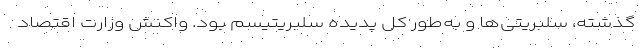
گذشته، سلبریتی‌ها و به‌طور کل پدیده سلبریتیسم بود. واکنش وزارت اقتصاد